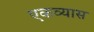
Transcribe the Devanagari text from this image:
एकव्यास